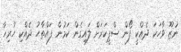
ނުޒޫ ވާހަކަ ދެއްކީ ފޯން ސްޕީކަރަށް ލައިގެން ކަމުން ފައްތާޙު ދެއްކި ހުރިހާ